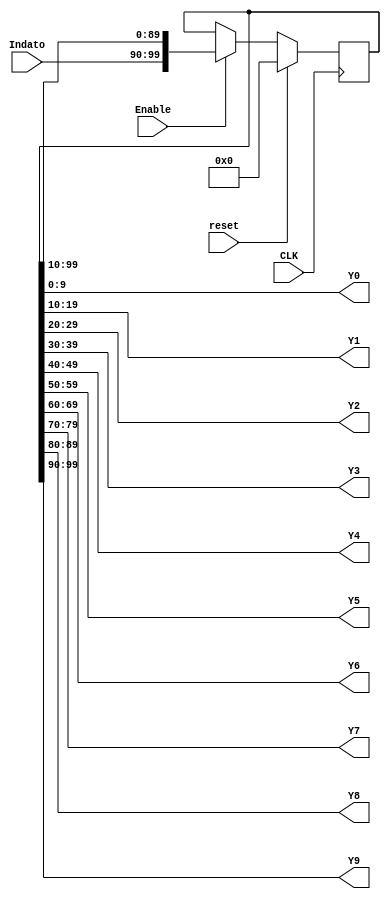
module Registrodesplazamiento  #(parameter Width = 10)
(CLK,reset,Enable,Indato,Y0,Y1,Y2,Y3,Y4,Y5,Y6,Y7,Y8,Y9);
	 
	 input CLK,reset,Enable;
	 input signed [Width-1:0] Indato;
	 output signed  [Width-1:0] Y0,Y1,Y2,Y3,Y4,Y5,Y6,Y7,Y8,Y9;
	 
	 reg [(Width*10)-1:0] Aux = 0;
	 //reg [Width-1:0] Aux2=0;
   
   always @(posedge CLK) begin
      if (reset) begin
         Aux <= 0;
			//Aux2 <= 0;
      end else if (Enable) begin
			//Aux2 <= Indato;
			Aux  <= {Indato, Aux[(Width*10)-1:Width]};
		end
		
	end
   
   assign Y0 = Aux[(Width)-1:0];
	assign Y1 = Aux[(Width*2)-1:Width];
	assign Y2 = Aux[(Width*3)-1:Width*2];
	assign Y3 = Aux[(Width*4)-1:Width*3];
	assign Y4 = Aux[(Width*5)-1:Width*4];
	assign Y5 = Aux[(Width*6)-1:Width*5];
	assign Y6 = Aux[(Width*7)-1:Width*6];
	assign Y7 = Aux[(Width*8)-1:Width*7];
	assign Y8 = Aux[(Width*9)-1:Width*8];
	assign Y9 = Aux[(Width*10)-1:Width*9];
	


endmodule